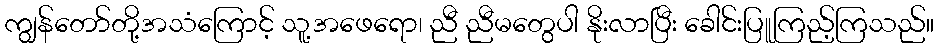
ကျွန်တော်တို့အသံကြောင့် သူ့အဖေရော၊ ညီ ညီမတွေပါ နိုးလာပြီး ခေါင်းပြူကြည့်ကြသည်။